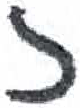
אות: ז